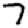
Digit: 7